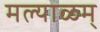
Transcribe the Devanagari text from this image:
मल्याळम्